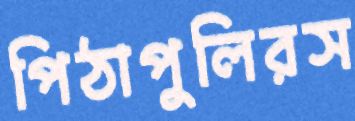
পিঠাপুলিরস